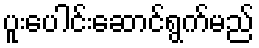
ပူးပေါင်းဆောင်ရွက်မည်